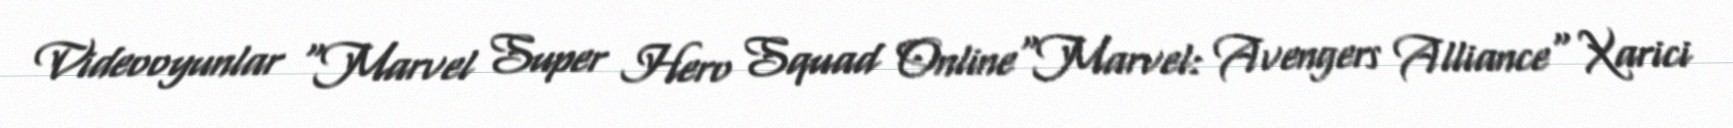
Videooyunlar "Marvel Super Hero Squad Online"Marvel: Avengers Alliance" Xarici